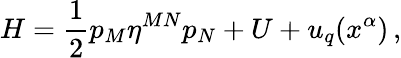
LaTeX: H=\frac{1}{2}p_{M}\eta^{MN}p_{N}+U+u_{q}(x^{\alpha})\, ,